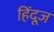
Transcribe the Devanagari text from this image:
हिंदूज़